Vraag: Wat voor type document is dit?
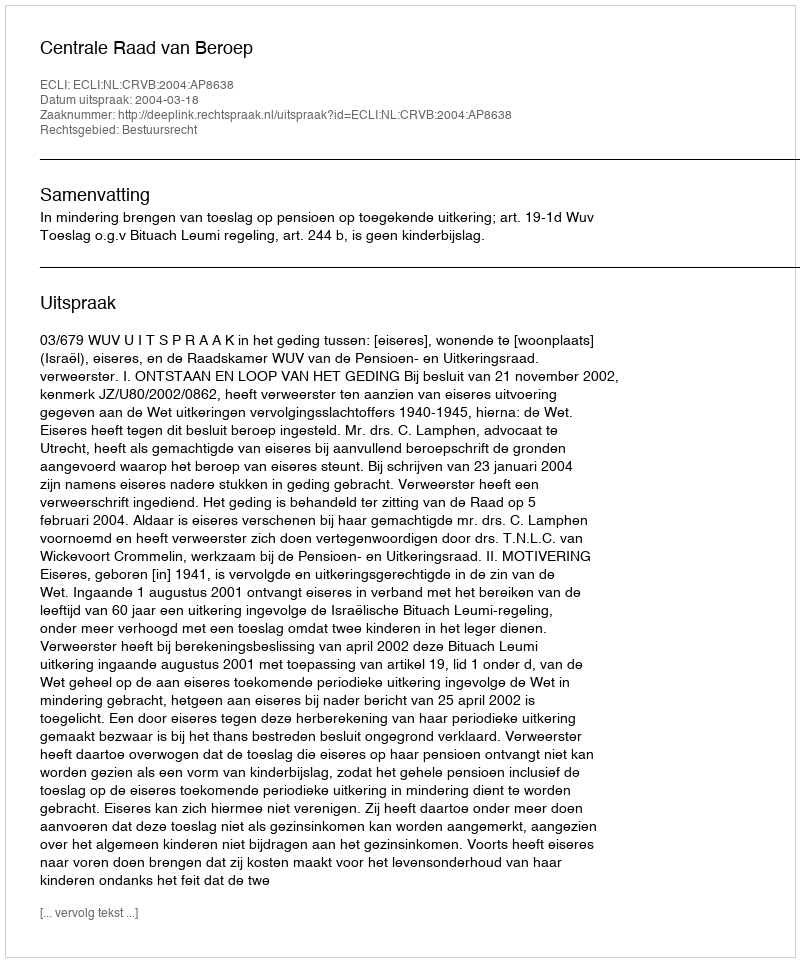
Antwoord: Uitspraak